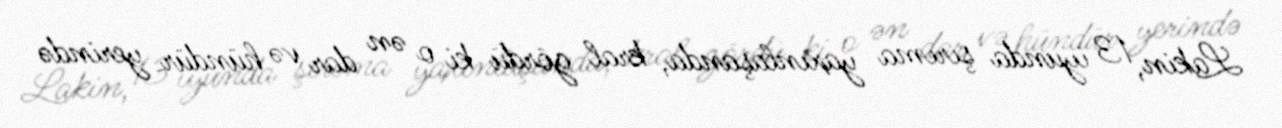
Lakin, 13 iyunda şırıma yaxınlaşanda, kral gördü ki o ən dar və hündür yerində